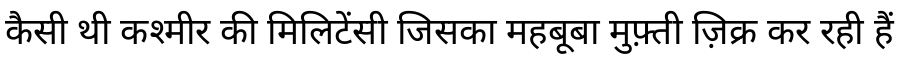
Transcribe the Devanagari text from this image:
कैसी थी कश्मीर की मिलिटेंसी जिसका महबूबा मुफ़्ती ज़िक्र कर रही हैं